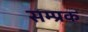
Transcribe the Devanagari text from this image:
सम्प्रक